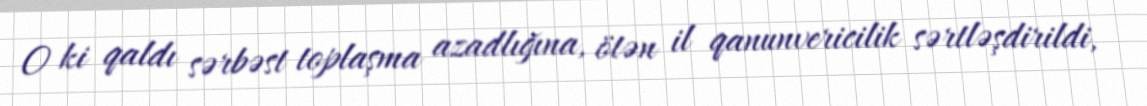
O ki qaldı sərbəst toplaşma azadlığına, ötən il qanunvericilik sərtləşdirildi,